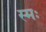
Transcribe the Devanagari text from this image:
स्मः